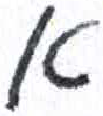
אות: א